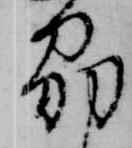
州